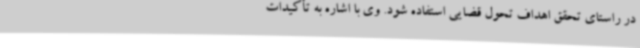
در راستای تحقق اهداف تحول قضایی استفاده شود. وی با اشاره به تأکیدات